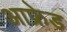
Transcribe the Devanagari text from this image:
आफ्रेड